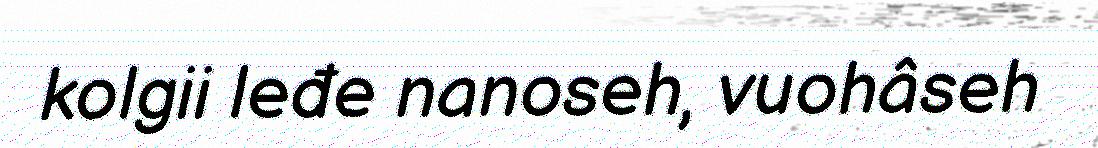
kolgii leđe nanoseh, vuohâseh